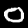
Digit: 0